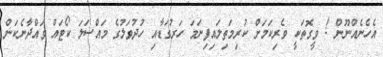
އެހެނެއްނޫން ! ވީގޮތަކީ ވެރިކަމަށް ކުރިމަތިލައިފިނަމަ ހަރުގަޑާއި ހުދުވަލުގެ މައްސަލަ ކޯޓައް ވައްދާނެކަން